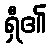
ရှီ၏